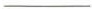
___